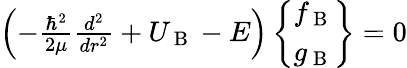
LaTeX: \begin{array}{r}{\left(-\frac{\hbar^{2}}{2\mu}\frac{d^{2}}{dr^{2}}+U_{\mathrm{~B~}}-E\right)\left\{ \begin{array}{c}{f_{\mathrm{~B~}}}\\ {g_{\mathrm{~B~}}}\end{array}\right\} =0}\end{array}